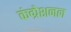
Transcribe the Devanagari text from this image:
कंग्रेशनल